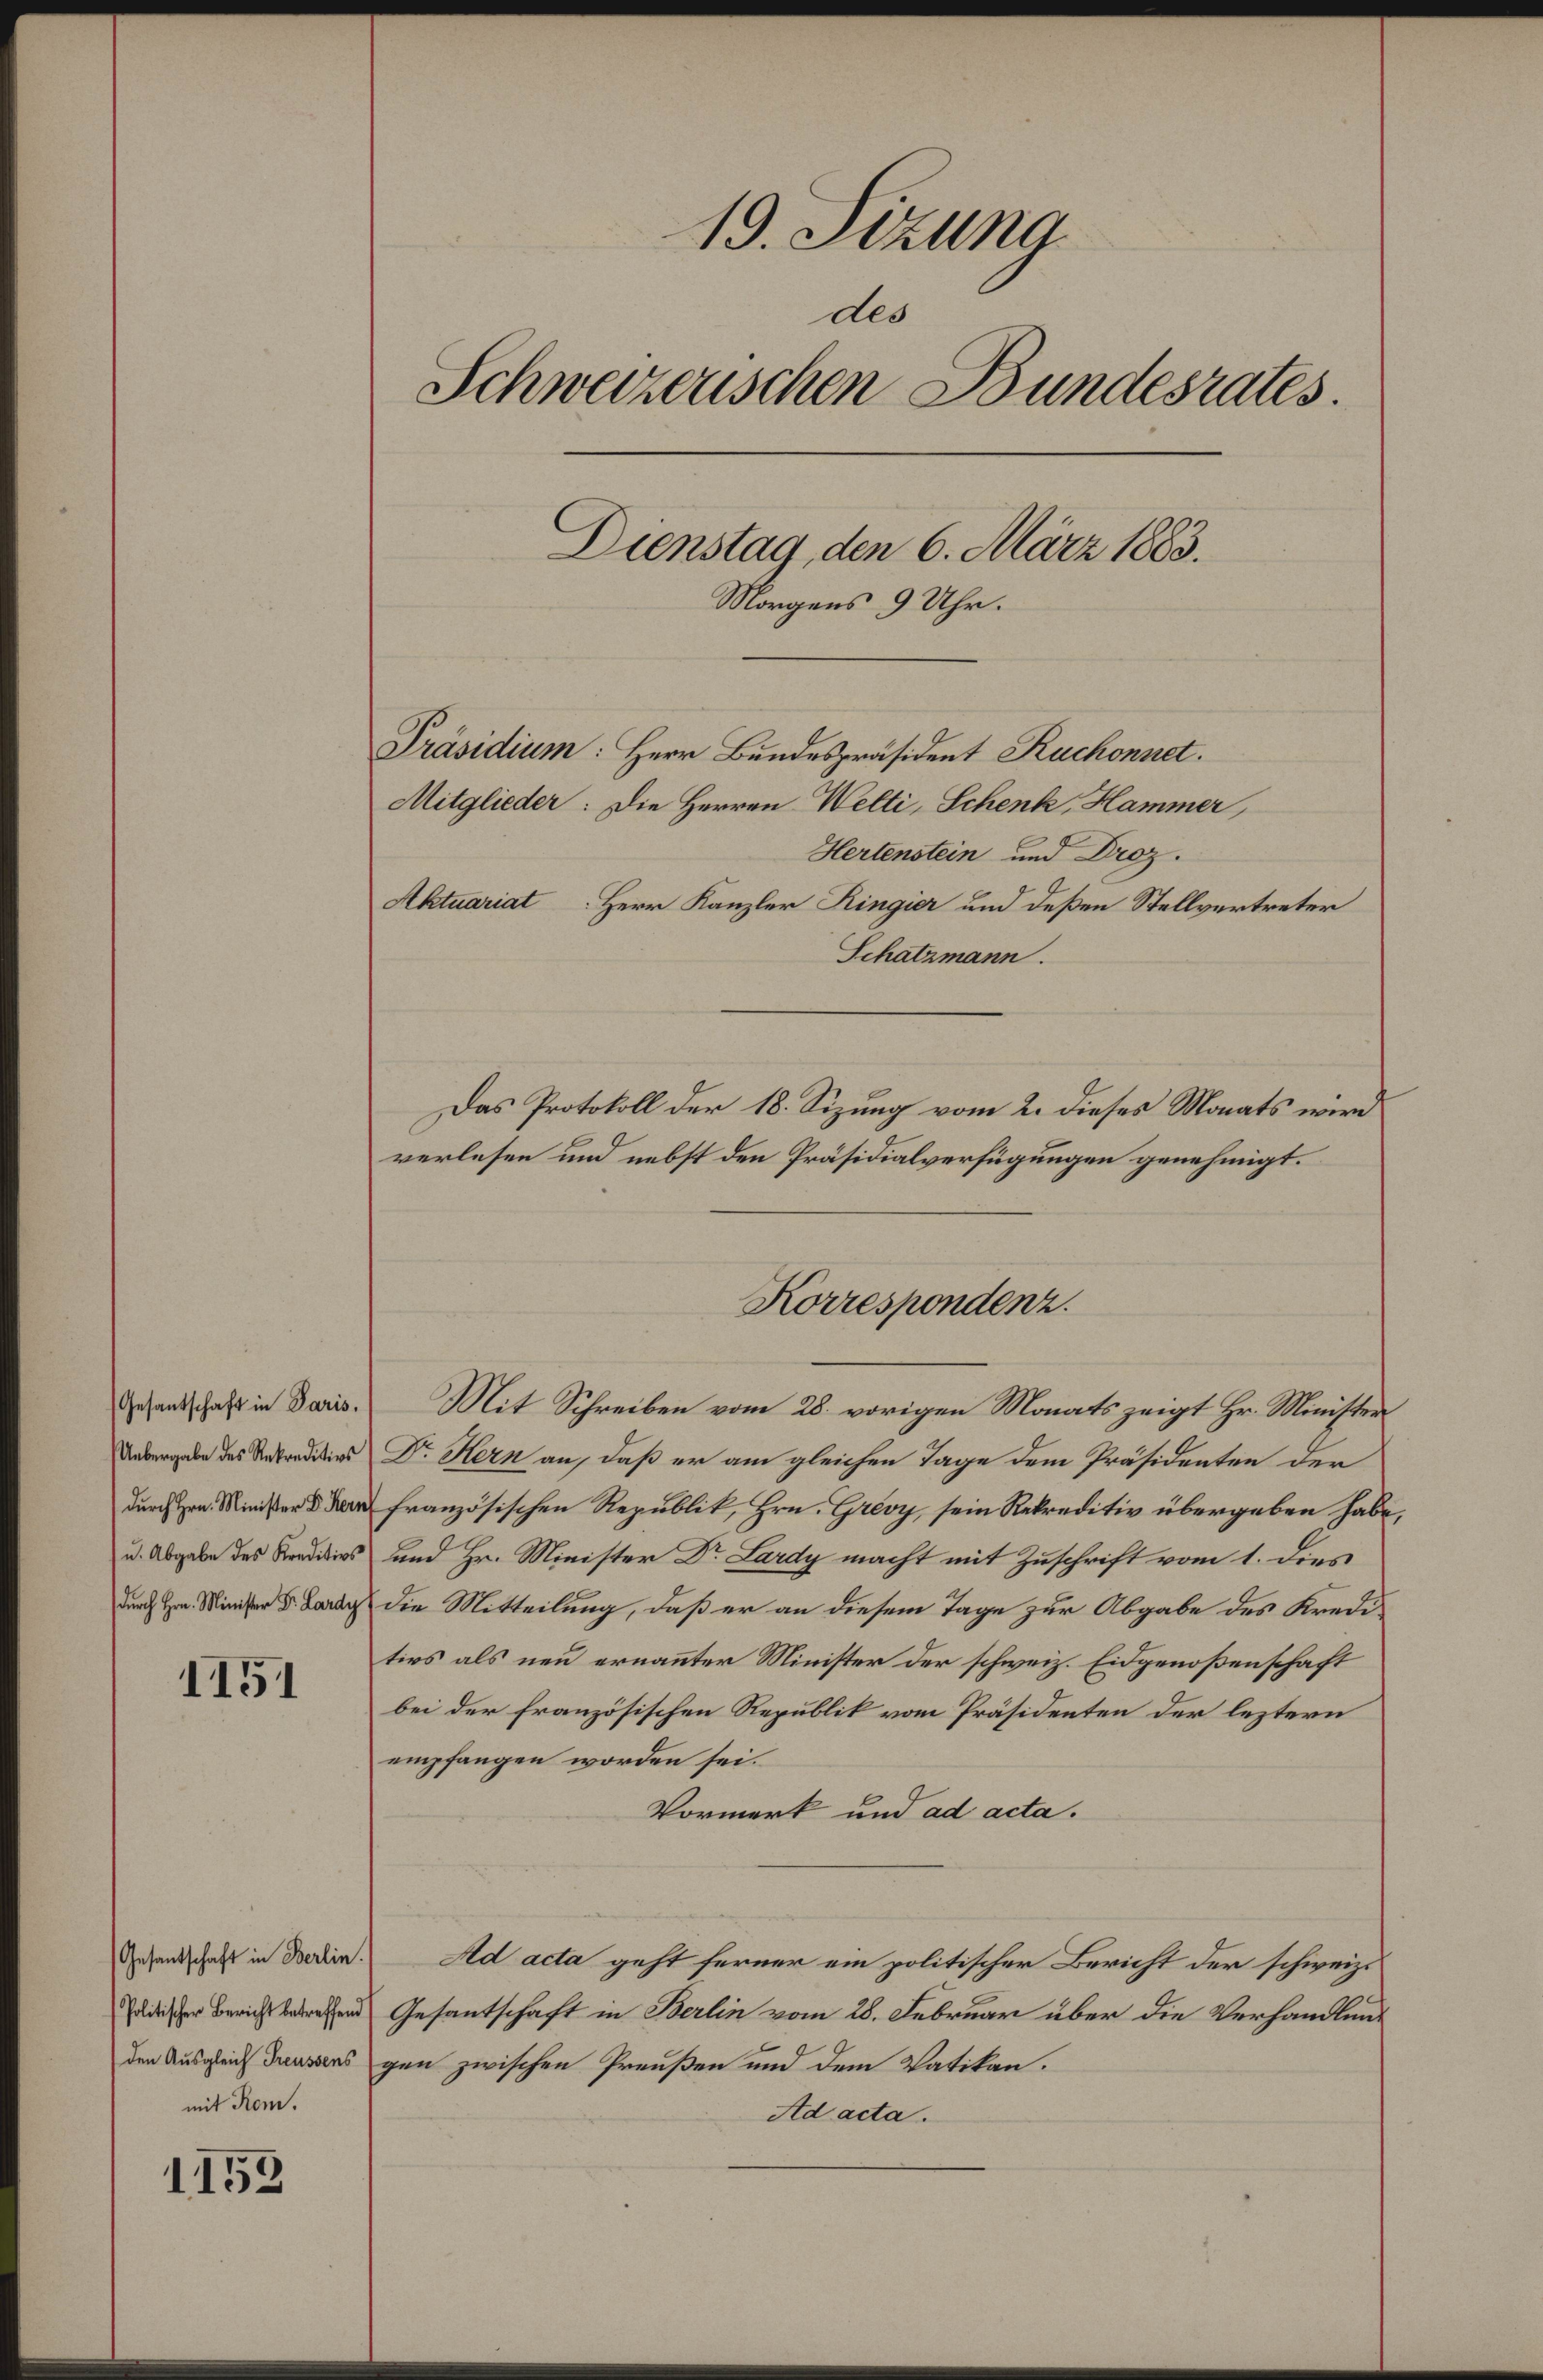
1151

Gesantschaft in Berlin.
mit Rom.

1152

19. Sizung
des
Schweizerischen Bundesrates.
Dienstag, den 6. März 1883.
Morgens 9 Uhr.
Präsidium: Herr Bundespräsident Ruchonnet.
Mitglieder: Die Herren Welti, Schenk Hammer
Hertenstein und Droz.
Aktuariat Herr Kanzler Ringier und deßen Stellvertreter
Schatzmann.
Das Protokoll der 18. Sizung vom 2. dieses Monats wird

verlesen und nebst den Präsidialverfügungen genehmigt.
Gesandschaft in Daris. Mit Schreiben vom 28. vorigen Monats zeigt Hr. Minister
Uebergabe des Antradition Dr. Kern an, daß er am gleichen Tage dem Präsidenten der
durch Hrn. Minister d. den französischen Republik, Hrn. Grevy, sein Rekreditiv übergeben habe,
u. Abgabe des Kreditios und Hr. Minister Dr. Lardy macht mit Zuschrift vom 1. dies
durch Hrn. Minister B. La die Mitteilung, daß er an diesem Tage zur Abgabe des Kreditivs als neu ernannter Minister der schweiz. Eidgenoßenschaft
bei der französischen Republik vom Präsidenten der leztern
empfangen worden sei.
Vormerk und ad acta.
Ad acta geht ferner ein politischer Bericht der schweiz.
litischer Berichten Gesantschaft in Berlin vom 28. Februar über die Verhandlunden Ausgleich Grenzens gen zwischen Preußen und dem Vatikan.
Ad acta.

Korrespondenz.